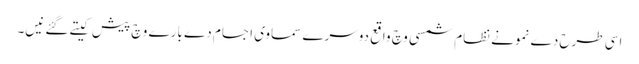
اسی طرح دے نمونے نظام شمسی وچ واقع دوسرے سماوی اجسام دے بارے وچ پیش کیتے گئے نیں۔